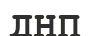
ДНП